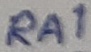
Text: RA1